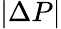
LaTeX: |\Delta P|